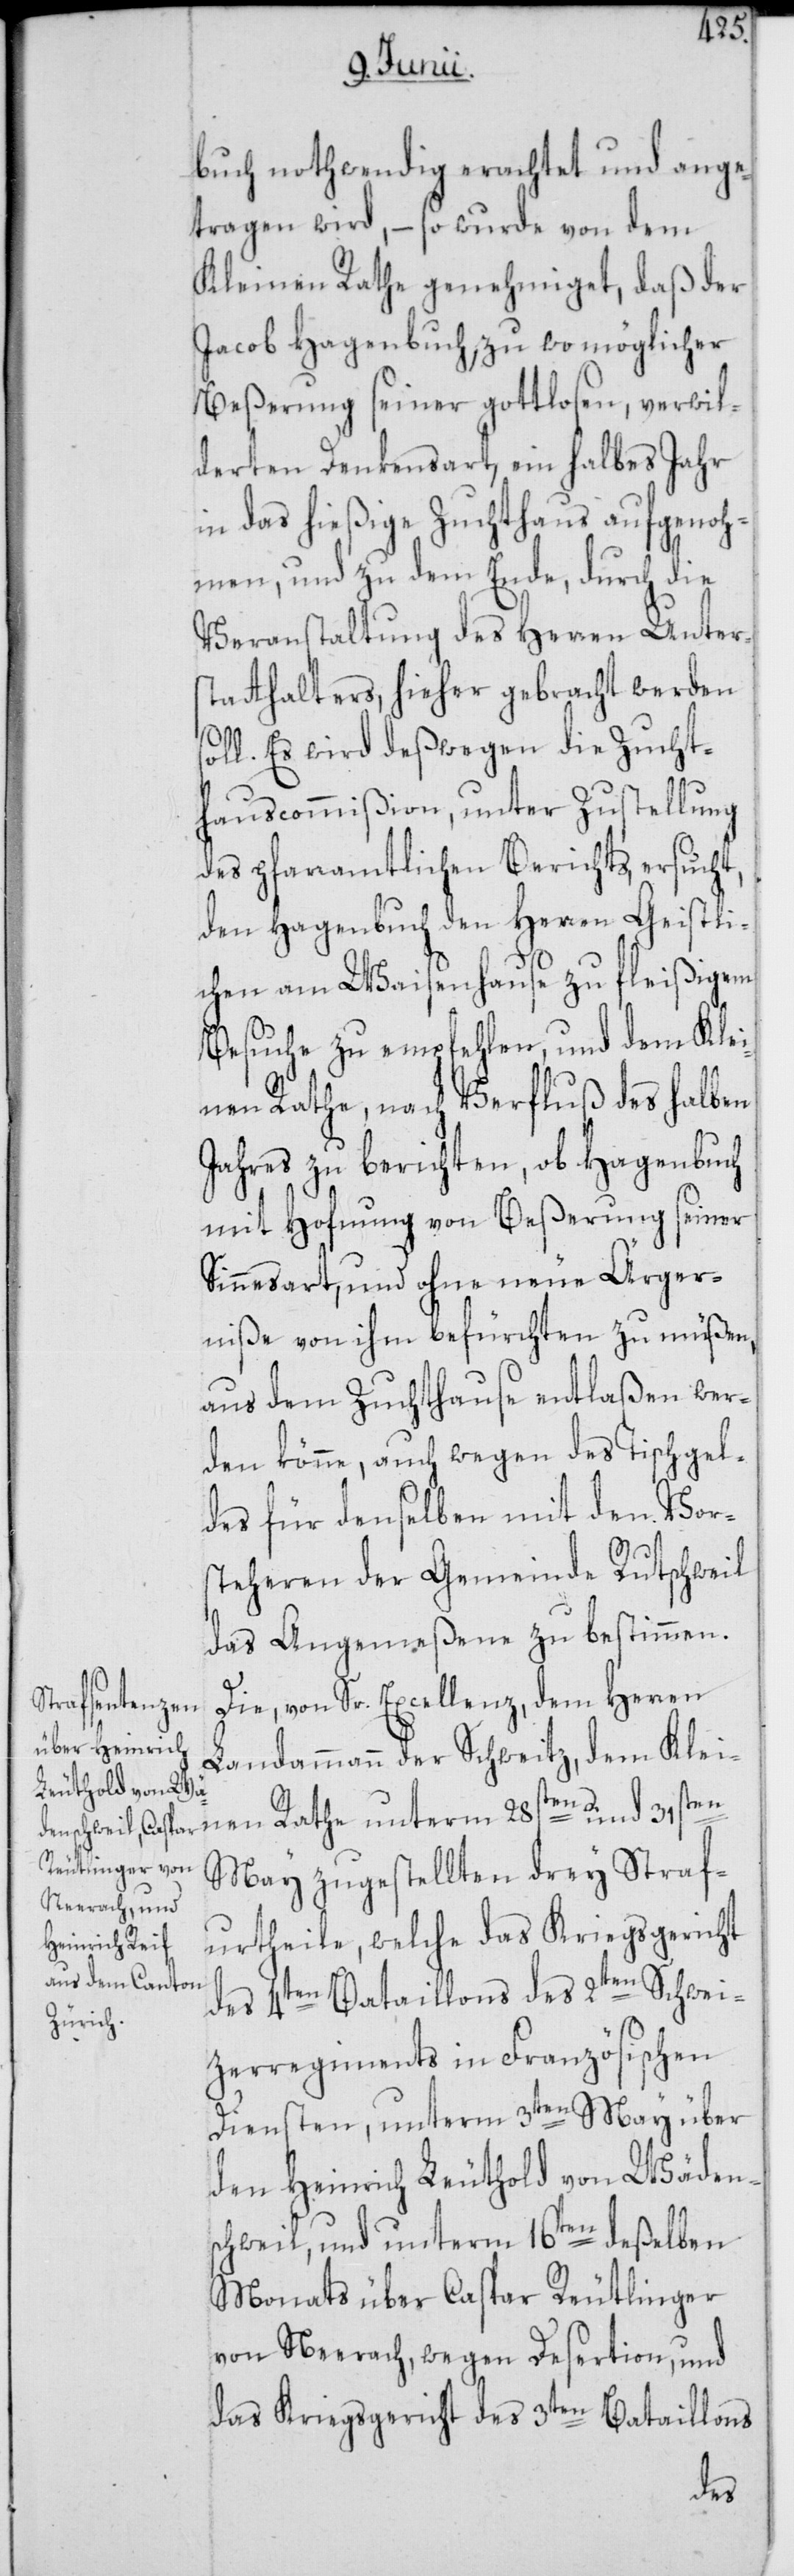
buch nothwendig erachtet und ange¬
tragen wird, – so wurde von dem
Kleinen Rath genehmiget, daß der
Jacob Hagenbuch, zu womöglicher
Beßerung seiner gottlosen, verwil¬
derten Denkensart, ein halbes Jahr
in das hießige Zuchthaus aufgenoh¬
men, und zu dem Ende, durch die
Veranstaltung des Herren Unters¬
tatthalters, hieher gebracht werden
s¬
oll. Es wird deßwegen die Zucht¬
hauscommißion, unter Zustellung
des pfarramtlichen Berichts, ersucht,
den Hagenbuch den Herren Geistli¬
chen am Waisenhause zu fleißigem
Besuche zu empfehlen, und dem Kle¬
inen Rathe, nach Verfluß des halben
Jahres zu berichten, ob Hagenbuch
mit Hofnung von Beßerung seiner
Sinnesart, und ohne neue Ärger¬
niße von ihm befürchten zu müßen,
aus dem Zuchthause entlaßen wer¬
den könne, auch wegen des Tischgel¬
des für denselben mit den Vor¬
steheren der Gemeinde Rutschweil
das Angemeßene zu bestimmen.
Die, von Sr. Excellenz, dem Herren
Landammann der Schweitz, dem Klei¬
May zugestellten drey Straf¬
urtheile, welche das Kriegsgericht
des 4ten Bataillons des 2ten Schwei¬
tzerregiments in Französischen
Diensten, unterm 3ten May über
den Heinrich Leuthold von Wädens¬
chweil, und unterm 16ten deßelben
Monats über Caspar Reutlinger
von Neerach, wegen Desertion, und
das Kriegsgericht des 3ten Bataillons
nen